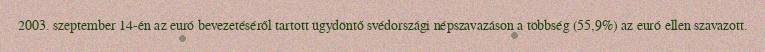
2003. szeptember 14-én az euró bevezetéséről tartott ügydöntő svédországi népszavazáson a többség (55,9%) az euró ellen szavazott.